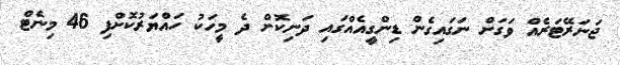
ޖަނަރޭޓަރެއް ވަގަށް ނަގައިގެން ޑިންގީއެއްގައި ދަނިކޮށް ދެ މީހަކު ހައްޔަރުކޮށްފި 46 މިނެޓް